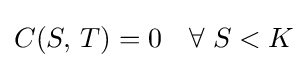
C(S,\,T)=0\quad \forall \;S<K